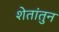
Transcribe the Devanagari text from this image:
शेतांतुन